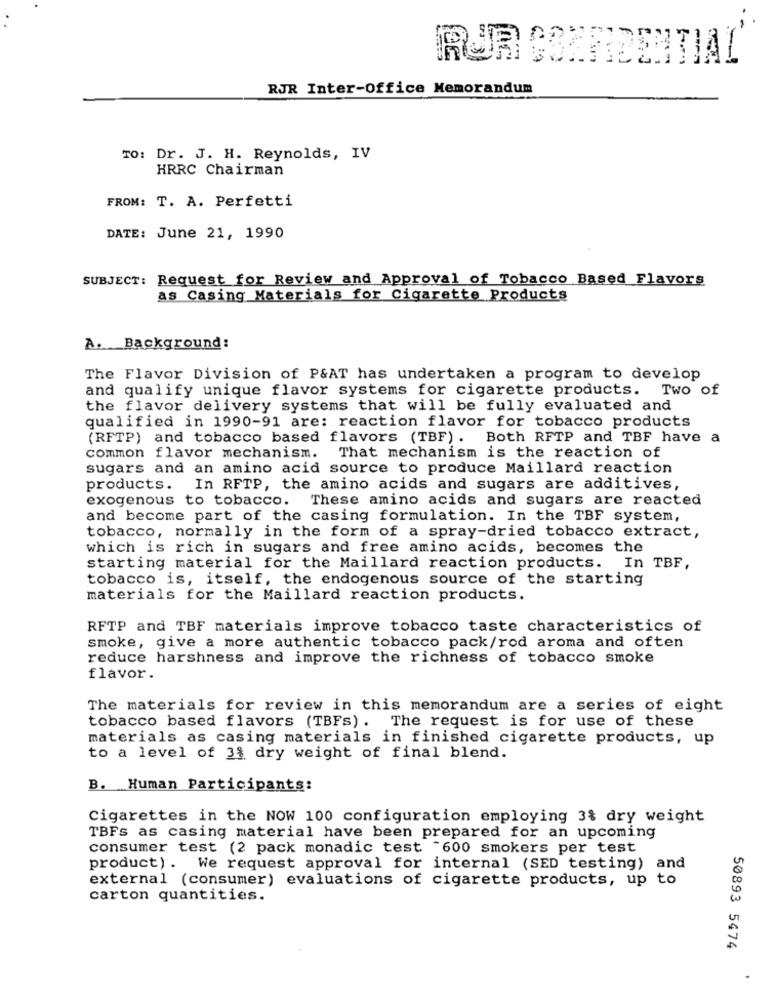
RUR CONFIDENTIAL
RJR Inter-Office Memorandum
TO: Dr. J. H. Reynolds, IV
HRRC Chairman
FROM: T. A. Perfetti
DATE: June 21, 1990
SUBJECT: Request for Review and Approval of Tobacco Based Flavors
as Casing Materials for Cigarette Products
A. Background:
The Flavor Division of P&AT has undertaken a program to develop
and qualify unique flavor systems for cigarette products. Two of
the flavor delivery systems that will be fully evaluated and
qualified in 1990-91 are: reaction flavor for tobacco products
(RFTP) and tobacco based flavors (TBF). Both RFTP and TBF have a
common flavor mechanism. That mechanism is the reaction of
sugars and an amino acid source to produce Maillard reaction
products. In RFTP, the amino acids and sugars are additives,
exogenous to tobacco. These amino acids and sugars are reacted
and become part of the casing formulation. In the TBF system,
tobacco, normally in the form of a spray-dried tobacco extract,
which is rich in sugars and free amino acids, becomes the
starting material for the Maillard reaction products. In TBF,
tobacco is, itself, the endogenous source of the starting
materials for the Maillard reaction products.
RFTP and TBF materials improve tobacco taste characteristics of
smoke, give a more authentic tobacco pack/rod aroma and often
reduce harshness and improve the richness of tobacco smoke
flavor.
The materials for review in this memorandum are a series of eight
tobacco based flavors (TBFs). The request is for use of these
materials as casing materials in finished cigarette products, up
to a level of 3% dry weight of final blend.
B. Human Participants:
Cigarettes in the NOW 100 configuration employing 3% dry weight
TBFs as casing material have been prepared for an upcoming
consumer test (2 pack monadic test "600 smokers per test
product). We request approval for internal (SED testing) and
external (consumer) evaluations of cigarette products, up to
carton quantities.
50893 5474